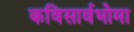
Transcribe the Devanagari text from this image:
कविसार्वभोमा